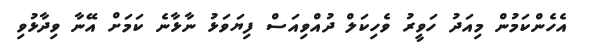
އެެހެންކަމުން މިއަދު ހަވީރު ވެހިކަލް ދުއްވިއަސް ފިޔަވަޅު ނާޅާނެ ކަމަށް އޭނާ ވިދާޅުވި